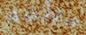
ستنضم